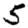
Digit: 5